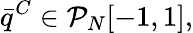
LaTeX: \bar{q}^{C}\in\mathcal{P}_{N}[-1,1],